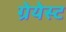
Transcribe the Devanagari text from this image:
ग्रेयेस्ट